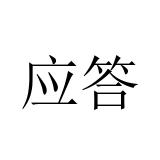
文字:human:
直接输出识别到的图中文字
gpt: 应答